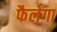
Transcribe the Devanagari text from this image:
फैलेगा